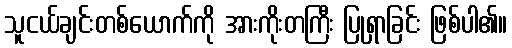
သူငယ်ချင်းတစ်ယောက်ကို အားကိုးတကြီး ပြုရှာခြင်း ဖြစ်ပါ၏။